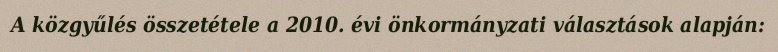
A közgyűlés összetétele a 2010. évi önkormányzati választások alapján: